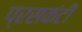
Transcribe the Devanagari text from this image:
प्रसकंटी